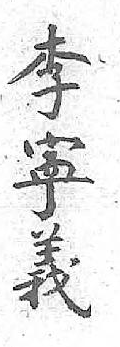
李寕義